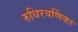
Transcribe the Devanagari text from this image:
रुधिरवर्णिका